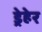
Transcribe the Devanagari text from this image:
ड्रेहेर